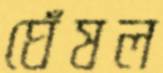
ঘেঁষল